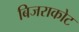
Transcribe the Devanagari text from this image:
बिजराकोट